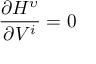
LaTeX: \frac { \partial H ^ { \upsilon } } { \partial V ^ { i } } = 0